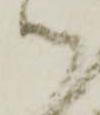
ツ